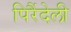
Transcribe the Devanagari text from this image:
पिरैंदेली